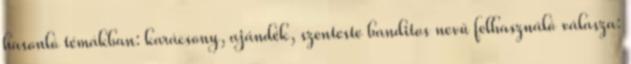
hasonló témákban: karácsony, ajándék, szenteste banditos nevű felhasználó válasza: